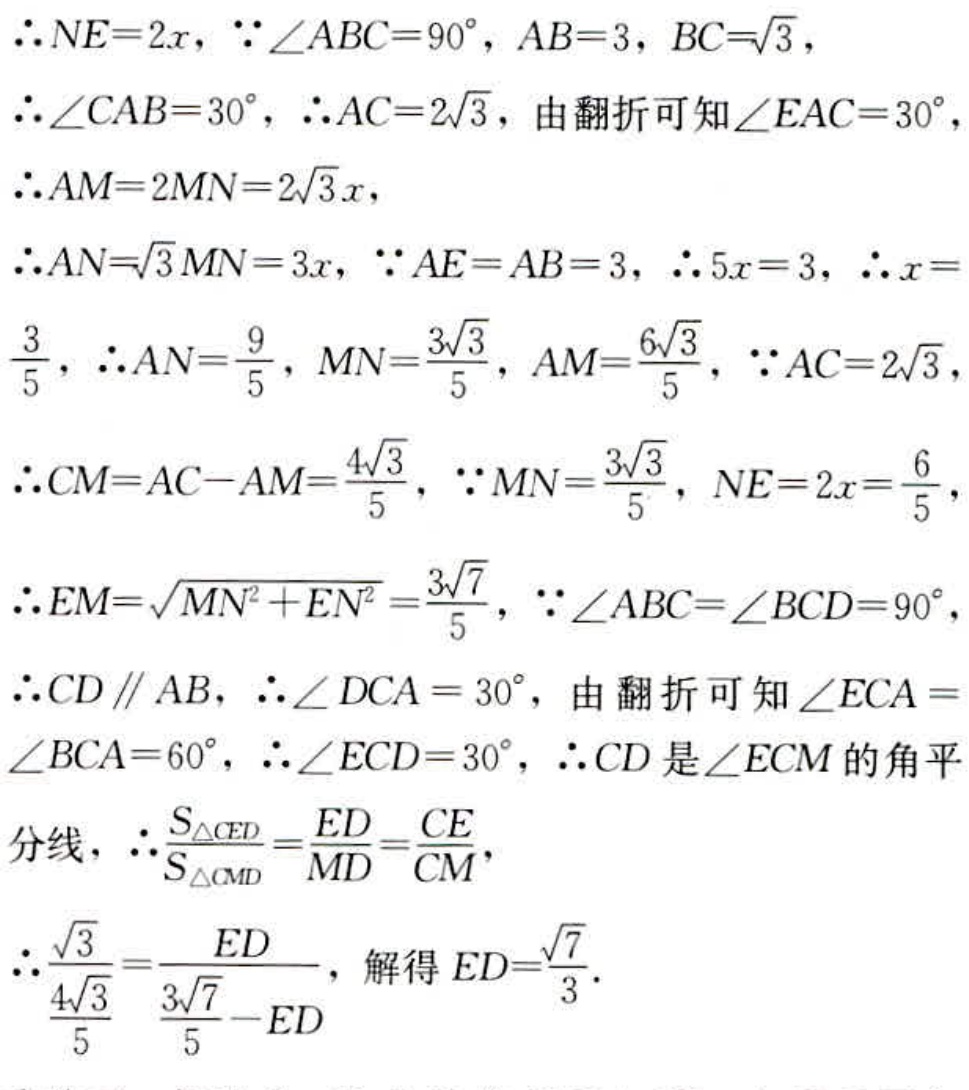
\(\therefore NE = 2x, \because\angle ABC = 90^{\circ}, AB = 3, BC=\sqrt{3},\)
\(\therefore\angle CAB = 30^{\circ}, \therefore AC = 2\sqrt{3},\) 由翻折可知 \(\angle EAC = 30^{\circ},\)
\(\therefore AM = 2MN = 2\sqrt{3}x,\)
\(\therefore AN=\sqrt{3}MN = 3x, \because AE = AB = 3, \therefore 5x = 3, \therefore x=\)
\(\frac{3}{5}, \therefore AN=\frac{9}{5}, MN=\frac{3\sqrt{3}}{5}, AM=\frac{6\sqrt{3}}{5}, \because AC = 2\sqrt{3},\)
\(\therefore CM = AC - AM=\frac{4\sqrt{3}}{5}, \because MN=\frac{3\sqrt{3}}{5}, NE = 2x=\frac{6}{5},\)
\(\therefore EM=\sqrt{MN^{2}+EN^{2}}=\frac{3\sqrt{7}}{5}, \because\angle ABC=\angle BCD = 90^{\circ},\)
\(\therefore CD\parallel AB, \therefore\angle DCA = 30^{\circ},\) 由翻折可知 \(\angle ECA =\)
\(\angle BCA = 60^{\circ}, \therefore\angle ECD = 30^{\circ}, \therefore CD\) 是 \(\angle ECM\) 的角平
分线, \(\therefore\frac{S_{\triangle CED}}{S_{\triangle CMD}}=\frac{ED}{MD}=\frac{CE}{CM},\)
\(\therefore\frac{\sqrt{3}}{\frac{4\sqrt{3}}{5}}=\frac{ED}{\frac{3\sqrt{7}}{5}-ED},\) 解得 \(ED=\frac{\sqrt{7}}{3}.\)